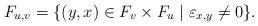
LaTeX: \begin{align*}F_{u,v} = \{(y,x)\in F_v\times F_u\mid \varepsilon_{x,y}\not=0\}.\end{align*}